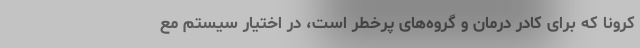
کرونا که برای کادر درمان و گروه‌های پرخطر است، در اختیار سیستم مع